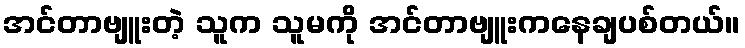
အင်တာဗျူးတဲ့ သူက သူမကို အင်တာဗျူးကနေချပစ်တယ်။